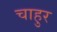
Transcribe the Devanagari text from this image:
चाहुर